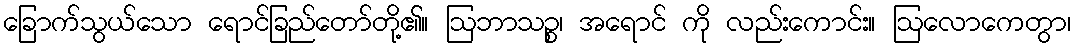
ခြောက်သွယ်သော ရောင်ခြည်တော်တို့၏။ ဩဘာသဉ္စ၊ အရောင် ကို လည်းကောင်း။ ဩလောကေတွာ၊